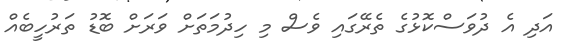
އަދި އެ ދުވަސްކޮޅުގެ ތެރޭގައި ވެސް މި ހިދުމަތަށް ވަރަށް ބޮޑު ތަރުހީބެެއް